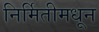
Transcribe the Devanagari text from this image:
निर्मितीमधून